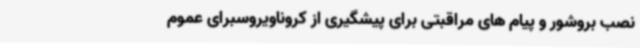
نصب بروشور و پیام های مراقبتی برای پیشگیری از کروناویروسبرای عموم